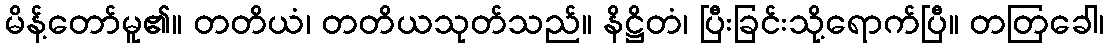
မိန့်တော်မူ၏။ တတိယံ၊ တတိယသုတ်သည်။ နိဋ္ဌိတံ၊ ပြီးခြင်းသို့ရောက်ပြီ။ တတြခေါ၊